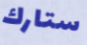
ستارك